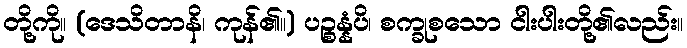
တို့ကို။ (ဒေသိတာနိ၊ ကုန်၏။) ပဉ္စန္နံပိ၊ စက္ခုစသော ငါးပါးတို့၏လည်း။